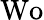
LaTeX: \mathrm{Wo}